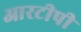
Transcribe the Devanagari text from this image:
आरटीपी